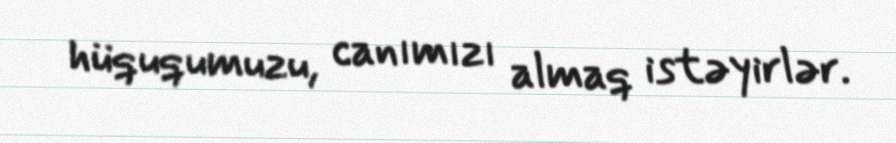
hüququmuzu, canımızı almaq istəyirlər.